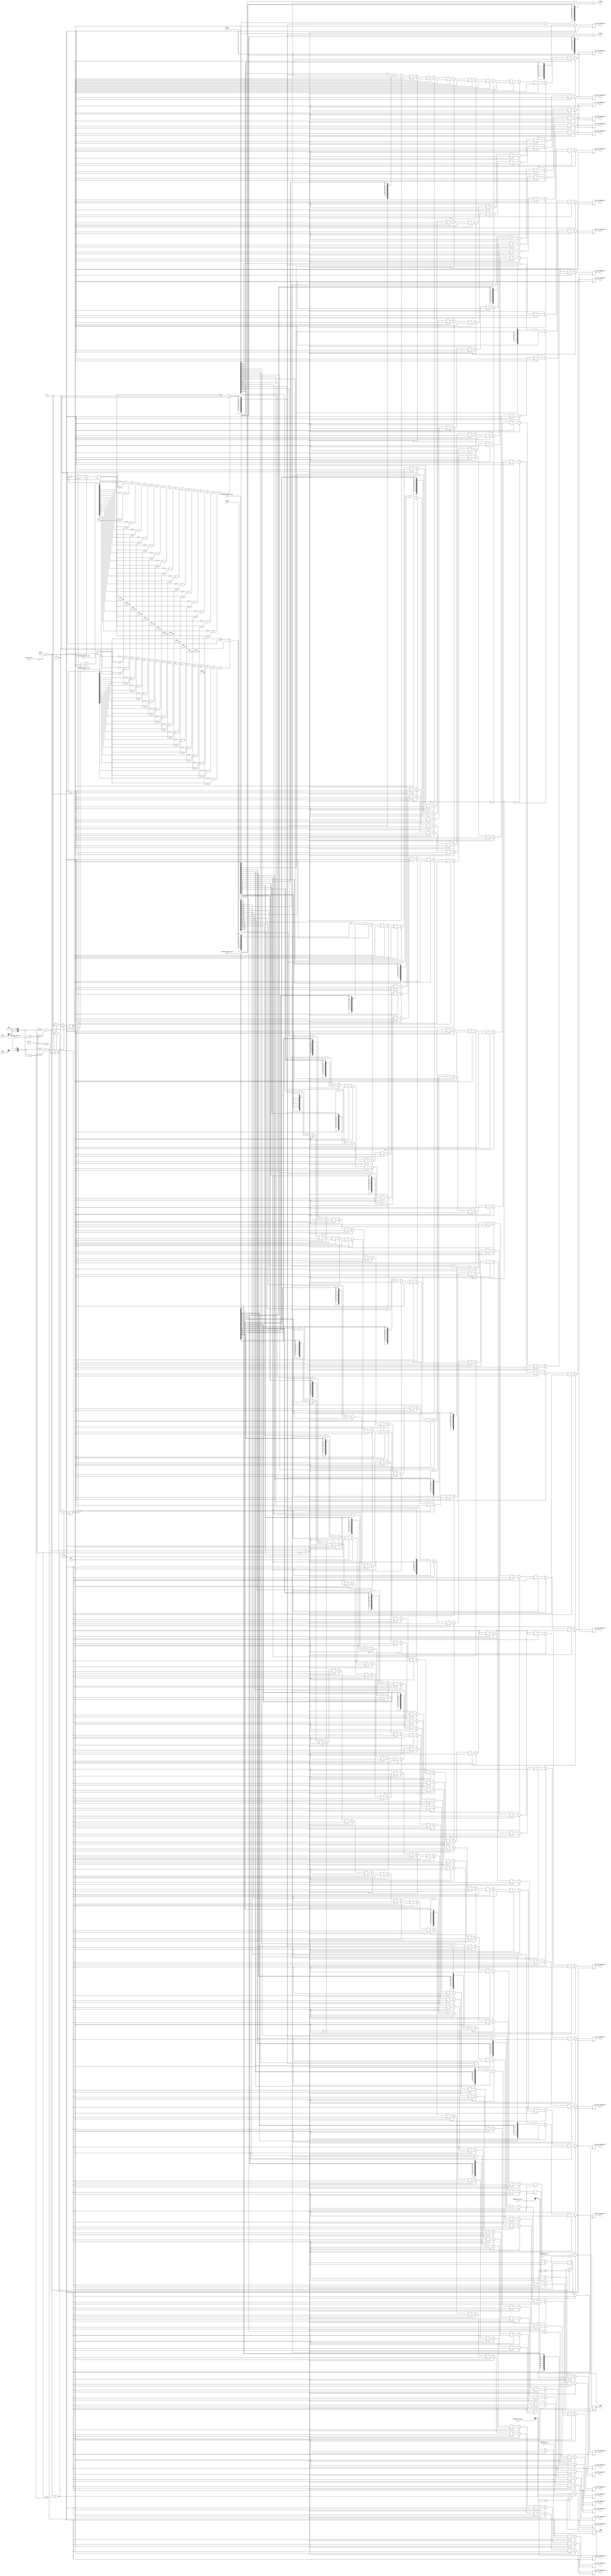
`define SIMULATION
`define DWIDTH 8
`define DESIGN_SIZE 16
`define LOG2_DESIGN_SIZE 5
`define MAT_MUL_SIZE 16
`define MASK_WIDTH 16
`define LOG2_MAT_MUL_SIZE 5
`define AWIDTH 10
`define NUM_CYCLES_IN_MAC 3
`define MEM_ACCESS_LATENCY 1
`define REG_DATAWIDTH 32
`define REG_ADDRWIDTH 8
`define ADDR_STRIDE_WIDTH 16
`define MAX_BITS_POOL 3
`define REG_ENABLES_ADDR 32'h0
`define REG_STDN_TPU_ADDR 32'h4
`define REG_MEAN_ADDR 32'h8
`define REG_INV_VAR_ADDR 32'hA
`define REG_MATRIX_A_ADDR 32'he
`define REG_MATRIX_B_ADDR 32'h12
`define REG_MATRIX_C_ADDR 32'h16
`define REG_ACCUM_ACTIONS_ADDR 32'h24
`define REG_MATRIX_A_STRIDE_ADDR 32'h28
`define REG_MATRIX_B_STRIDE_ADDR 32'h32
`define REG_MATRIX_C_STRIDE_ADDR 32'h36
`define REG_ACTIVATION_CSR_ADDR 32'h3A
`define REG_POOL_WINDOW_ADDR 32'h3E
`define REG_CONV_PARAMS_1_ADDR 32'h40
`define REG_CONV_PARAMS_2_ADDR 32'h44
`define REG_CONV_PARAMS_3_ADDR 32'h48
`define REG_CONV_PARAMS_4_ADDR 32'h4C
`define REG_BATCH_SIZE_ADDR 32'h50
`define REG_VALID_MASK_A_ROWS_ADDR 32'h20
`define REG_VALID_MASK_A_COLS_ADDR 32'h54
`define REG_VALID_MASK_B_ROWS_ADDR 32'h5c
`define REG_VALID_MASK_B_COLS_ADDR 32'h58
//This used to be a normal signal, but changing it to a `define.
`define final_mat_mul_size 16
`define IDLE     2'b00
`define W_ENABLE  2'b01
`define R_ENABLE  2'b10
`define STATE_INIT         4'b0000
`define STATE_MATMUL       4'b0001
`define STATE_NORM         4'b0010
`define STATE_POOL         4'b0011
`define STATE_ACTIVATION   4'b0100
`define STATE_DONE         4'b0101

module systolic_data_setup(
clk,
reset,
start_mat_mul,
a_addr,
b_addr,
address_mat_a,
address_mat_b,
address_stride_a,
address_stride_b,
a_data,
b_data,
clk_cnt,
a0_data,
b0_data,
a1_data_delayed_1,
b1_data_delayed_1,
a2_data_delayed_2,
b2_data_delayed_2,
a3_data_delayed_3,
b3_data_delayed_3,
a4_data_delayed_4,
b4_data_delayed_4,
a5_data_delayed_5,
b5_data_delayed_5,
a6_data_delayed_6,
b6_data_delayed_6,
a7_data_delayed_7,
b7_data_delayed_7,
a8_data_delayed_8,
b8_data_delayed_8,
a9_data_delayed_9,
b9_data_delayed_9,
a10_data_delayed_10,
b10_data_delayed_10,
a11_data_delayed_11,
b11_data_delayed_11,
a12_data_delayed_12,
b12_data_delayed_12,
a13_data_delayed_13,
b13_data_delayed_13,
a14_data_delayed_14,
b14_data_delayed_14,
a15_data_delayed_15,
b15_data_delayed_15,

validity_mask_a_rows,
validity_mask_a_cols,
validity_mask_b_rows,
validity_mask_b_cols,

final_mat_mul_size,
  
a_loc,
b_loc
);

input clk;
input reset;
input start_mat_mul;
output [`AWIDTH-1:0] a_addr;
output [`AWIDTH-1:0] b_addr;
input [`AWIDTH-1:0] address_mat_a;
input [`AWIDTH-1:0] address_mat_b;
input [`ADDR_STRIDE_WIDTH-1:0] address_stride_a;
input [`ADDR_STRIDE_WIDTH-1:0] address_stride_b;
input [`MAT_MUL_SIZE*`DWIDTH-1:0] a_data;
input [`MAT_MUL_SIZE*`DWIDTH-1:0] b_data;
input [7:0] clk_cnt;
output [`DWIDTH-1:0] a0_data;
output [`DWIDTH-1:0] b0_data;
output [`DWIDTH-1:0] a1_data_delayed_1;
output [`DWIDTH-1:0] b1_data_delayed_1;
output [`DWIDTH-1:0] a2_data_delayed_2;
output [`DWIDTH-1:0] b2_data_delayed_2;
output [`DWIDTH-1:0] a3_data_delayed_3;
output [`DWIDTH-1:0] b3_data_delayed_3;
output [`DWIDTH-1:0] a4_data_delayed_4;
output [`DWIDTH-1:0] b4_data_delayed_4;
output [`DWIDTH-1:0] a5_data_delayed_5;
output [`DWIDTH-1:0] b5_data_delayed_5;
output [`DWIDTH-1:0] a6_data_delayed_6;
output [`DWIDTH-1:0] b6_data_delayed_6;
output [`DWIDTH-1:0] a7_data_delayed_7;
output [`DWIDTH-1:0] b7_data_delayed_7;
output [`DWIDTH-1:0] a8_data_delayed_8;
output [`DWIDTH-1:0] b8_data_delayed_8;
output [`DWIDTH-1:0] a9_data_delayed_9;
output [`DWIDTH-1:0] b9_data_delayed_9;
output [`DWIDTH-1:0] a10_data_delayed_10;
output [`DWIDTH-1:0] b10_data_delayed_10;
output [`DWIDTH-1:0] a11_data_delayed_11;
output [`DWIDTH-1:0] b11_data_delayed_11;
output [`DWIDTH-1:0] a12_data_delayed_12;
output [`DWIDTH-1:0] b12_data_delayed_12;
output [`DWIDTH-1:0] a13_data_delayed_13;
output [`DWIDTH-1:0] b13_data_delayed_13;
output [`DWIDTH-1:0] a14_data_delayed_14;
output [`DWIDTH-1:0] b14_data_delayed_14;
output [`DWIDTH-1:0] a15_data_delayed_15;
output [`DWIDTH-1:0] b15_data_delayed_15;

input [`MASK_WIDTH-1:0] validity_mask_a_rows;
input [`MASK_WIDTH-1:0] validity_mask_a_cols;
input [`MASK_WIDTH-1:0] validity_mask_b_rows;
input [`MASK_WIDTH-1:0] validity_mask_b_cols;

input [7:0] final_mat_mul_size;
  
input [7:0] a_loc;
input [7:0] b_loc;
wire [`DWIDTH-1:0] a0_data;
wire [`DWIDTH-1:0] a1_data;
wire [`DWIDTH-1:0] a2_data;
wire [`DWIDTH-1:0] a3_data;
wire [`DWIDTH-1:0] a4_data;
wire [`DWIDTH-1:0] a5_data;
wire [`DWIDTH-1:0] a6_data;
wire [`DWIDTH-1:0] a7_data;
wire [`DWIDTH-1:0] a8_data;
wire [`DWIDTH-1:0] a9_data;
wire [`DWIDTH-1:0] a10_data;
wire [`DWIDTH-1:0] a11_data;
wire [`DWIDTH-1:0] a12_data;
wire [`DWIDTH-1:0] a13_data;
wire [`DWIDTH-1:0] a14_data;
wire [`DWIDTH-1:0] a15_data;
wire [`DWIDTH-1:0] b0_data;
wire [`DWIDTH-1:0] b1_data;
wire [`DWIDTH-1:0] b2_data;
wire [`DWIDTH-1:0] b3_data;
wire [`DWIDTH-1:0] b4_data;
wire [`DWIDTH-1:0] b5_data;
wire [`DWIDTH-1:0] b6_data;
wire [`DWIDTH-1:0] b7_data;
wire [`DWIDTH-1:0] b8_data;
wire [`DWIDTH-1:0] b9_data;
wire [`DWIDTH-1:0] b10_data;
wire [`DWIDTH-1:0] b11_data;
wire [`DWIDTH-1:0] b12_data;
wire [`DWIDTH-1:0] b13_data;
wire [`DWIDTH-1:0] b14_data;
wire [`DWIDTH-1:0] b15_data;

//////////////////////////////////////////////////////////////////////////
// Logic to generate addresses to BRAM A
//////////////////////////////////////////////////////////////////////////
reg [`AWIDTH-1:0] a_addr;
reg a_mem_access; //flag that tells whether the matmul is trying to access memory or not

always @(posedge clk) begin
  //(clk_cnt >= a_loc*`MAT_MUL_SIZE+final_mat_mul_size) begin
  //Writing the line above to avoid multiplication:

  if (reset || ~start_mat_mul || (clk_cnt >= (a_loc<<`LOG2_MAT_MUL_SIZE)+final_mat_mul_size)) begin
  
      a_addr <= address_mat_a-address_stride_a;
  
    a_mem_access <= 0;
  end
  //else if ((clk_cnt >= a_loc*`MAT_MUL_SIZE) && (clk_cnt < a_loc*`MAT_MUL_SIZE+final_mat_mul_size)) begin
  //Writing the line above to avoid multiplication:

  else if ((clk_cnt >= (a_loc<<`LOG2_MAT_MUL_SIZE)) && (clk_cnt < (a_loc<<`LOG2_MAT_MUL_SIZE)+final_mat_mul_size)) begin
  
      a_addr <= a_addr + address_stride_a;
  
    a_mem_access <= 1;
  end
end

//////////////////////////////////////////////////////////////////////////
// Logic to generate valid signals for data coming from BRAM A
//////////////////////////////////////////////////////////////////////////
reg [7:0] a_mem_access_counter;
always @(posedge clk) begin
  if (reset || ~start_mat_mul) begin
    a_mem_access_counter <= 0;
  end
  else if (a_mem_access == 1) begin
    a_mem_access_counter <= a_mem_access_counter + 1;  
  end
  else begin
    a_mem_access_counter <= 0;
  end
end

wire a_data_valid; //flag that tells whether the data from memory is valid
assign a_data_valid = 
     ((validity_mask_a_cols[0]==1'b0 && a_mem_access_counter==1) ||
      (validity_mask_a_cols[1]==1'b0 && a_mem_access_counter==2) ||
      (validity_mask_a_cols[2]==1'b0 && a_mem_access_counter==3) ||
      (validity_mask_a_cols[3]==1'b0 && a_mem_access_counter==4) ||
      (validity_mask_a_cols[4]==1'b0 && a_mem_access_counter==5) ||
      (validity_mask_a_cols[5]==1'b0 && a_mem_access_counter==6) ||
      (validity_mask_a_cols[6]==1'b0 && a_mem_access_counter==7) ||
      (validity_mask_a_cols[7]==1'b0 && a_mem_access_counter==8) ||
      (validity_mask_a_cols[8]==1'b0 && a_mem_access_counter==9) ||
      (validity_mask_a_cols[9]==1'b0 && a_mem_access_counter==10) ||
      (validity_mask_a_cols[10]==1'b0 && a_mem_access_counter==11) ||
      (validity_mask_a_cols[11]==1'b0 && a_mem_access_counter==12) ||
      (validity_mask_a_cols[12]==1'b0 && a_mem_access_counter==13) ||
      (validity_mask_a_cols[13]==1'b0 && a_mem_access_counter==14) ||
      (validity_mask_a_cols[14]==1'b0 && a_mem_access_counter==15) ||
      (validity_mask_a_cols[15]==1'b0 && a_mem_access_counter==16)) ?
    
    1'b0 : (a_mem_access_counter >= `MEM_ACCESS_LATENCY);

//////////////////////////////////////////////////////////////////////////
// Logic to delay certain parts of the data received from BRAM A (systolic data setup)
//////////////////////////////////////////////////////////////////////////
assign a0_data = a_data[1*`DWIDTH-1:0*`DWIDTH] & {`DWIDTH{a_data_valid}} & {`DWIDTH{validity_mask_a_rows[0]}};
assign a1_data = a_data[2*`DWIDTH-1:1*`DWIDTH] & {`DWIDTH{a_data_valid}} & {`DWIDTH{validity_mask_a_rows[1]}};
assign a2_data = a_data[3*`DWIDTH-1:2*`DWIDTH] & {`DWIDTH{a_data_valid}} & {`DWIDTH{validity_mask_a_rows[2]}};
assign a3_data = a_data[4*`DWIDTH-1:3*`DWIDTH] & {`DWIDTH{a_data_valid}} & {`DWIDTH{validity_mask_a_rows[3]}};
assign a4_data = a_data[5*`DWIDTH-1:4*`DWIDTH] & {`DWIDTH{a_data_valid}} & {`DWIDTH{validity_mask_a_rows[4]}};
assign a5_data = a_data[6*`DWIDTH-1:5*`DWIDTH] & {`DWIDTH{a_data_valid}} & {`DWIDTH{validity_mask_a_rows[5]}};
assign a6_data = a_data[7*`DWIDTH-1:6*`DWIDTH] & {`DWIDTH{a_data_valid}} & {`DWIDTH{validity_mask_a_rows[6]}};
assign a7_data = a_data[8*`DWIDTH-1:7*`DWIDTH] & {`DWIDTH{a_data_valid}} & {`DWIDTH{validity_mask_a_rows[7]}};
assign a8_data = a_data[9*`DWIDTH-1:8*`DWIDTH] & {`DWIDTH{a_data_valid}} & {`DWIDTH{validity_mask_a_rows[8]}};
assign a9_data = a_data[10*`DWIDTH-1:9*`DWIDTH] & {`DWIDTH{a_data_valid}} & {`DWIDTH{validity_mask_a_rows[9]}};
assign a10_data = a_data[11*`DWIDTH-1:10*`DWIDTH] & {`DWIDTH{a_data_valid}} & {`DWIDTH{validity_mask_a_rows[10]}};
assign a11_data = a_data[12*`DWIDTH-1:11*`DWIDTH] & {`DWIDTH{a_data_valid}} & {`DWIDTH{validity_mask_a_rows[11]}};
assign a12_data = a_data[13*`DWIDTH-1:12*`DWIDTH] & {`DWIDTH{a_data_valid}} & {`DWIDTH{validity_mask_a_rows[12]}};
assign a13_data = a_data[14*`DWIDTH-1:13*`DWIDTH] & {`DWIDTH{a_data_valid}} & {`DWIDTH{validity_mask_a_rows[13]}};
assign a14_data = a_data[15*`DWIDTH-1:14*`DWIDTH] & {`DWIDTH{a_data_valid}} & {`DWIDTH{validity_mask_a_rows[14]}};
assign a15_data = a_data[16*`DWIDTH-1:15*`DWIDTH] & {`DWIDTH{a_data_valid}} & {`DWIDTH{validity_mask_a_rows[15]}};

reg [`DWIDTH-1:0] a1_data_delayed_1;
reg [`DWIDTH-1:0] a2_data_delayed_1;
reg [`DWIDTH-1:0] a2_data_delayed_2;
reg [`DWIDTH-1:0] a3_data_delayed_1;
reg [`DWIDTH-1:0] a3_data_delayed_2;
reg [`DWIDTH-1:0] a3_data_delayed_3;
reg [`DWIDTH-1:0] a4_data_delayed_1;
reg [`DWIDTH-1:0] a4_data_delayed_2;
reg [`DWIDTH-1:0] a4_data_delayed_3;
reg [`DWIDTH-1:0] a4_data_delayed_4;
reg [`DWIDTH-1:0] a5_data_delayed_1;
reg [`DWIDTH-1:0] a5_data_delayed_2;
reg [`DWIDTH-1:0] a5_data_delayed_3;
reg [`DWIDTH-1:0] a5_data_delayed_4;
reg [`DWIDTH-1:0] a5_data_delayed_5;
reg [`DWIDTH-1:0] a6_data_delayed_1;
reg [`DWIDTH-1:0] a6_data_delayed_2;
reg [`DWIDTH-1:0] a6_data_delayed_3;
reg [`DWIDTH-1:0] a6_data_delayed_4;
reg [`DWIDTH-1:0] a6_data_delayed_5;
reg [`DWIDTH-1:0] a6_data_delayed_6;
reg [`DWIDTH-1:0] a7_data_delayed_1;
reg [`DWIDTH-1:0] a7_data_delayed_2;
reg [`DWIDTH-1:0] a7_data_delayed_3;
reg [`DWIDTH-1:0] a7_data_delayed_4;
reg [`DWIDTH-1:0] a7_data_delayed_5;
reg [`DWIDTH-1:0] a7_data_delayed_6;
reg [`DWIDTH-1:0] a7_data_delayed_7;
reg [`DWIDTH-1:0] a8_data_delayed_1;
reg [`DWIDTH-1:0] a8_data_delayed_2;
reg [`DWIDTH-1:0] a8_data_delayed_3;
reg [`DWIDTH-1:0] a8_data_delayed_4;
reg [`DWIDTH-1:0] a8_data_delayed_5;
reg [`DWIDTH-1:0] a8_data_delayed_6;
reg [`DWIDTH-1:0] a8_data_delayed_7;
reg [`DWIDTH-1:0] a8_data_delayed_8;
reg [`DWIDTH-1:0] a9_data_delayed_1;
reg [`DWIDTH-1:0] a9_data_delayed_2;
reg [`DWIDTH-1:0] a9_data_delayed_3;
reg [`DWIDTH-1:0] a9_data_delayed_4;
reg [`DWIDTH-1:0] a9_data_delayed_5;
reg [`DWIDTH-1:0] a9_data_delayed_6;
reg [`DWIDTH-1:0] a9_data_delayed_7;
reg [`DWIDTH-1:0] a9_data_delayed_8;
reg [`DWIDTH-1:0] a9_data_delayed_9;
reg [`DWIDTH-1:0] a10_data_delayed_1;
reg [`DWIDTH-1:0] a10_data_delayed_2;
reg [`DWIDTH-1:0] a10_data_delayed_3;
reg [`DWIDTH-1:0] a10_data_delayed_4;
reg [`DWIDTH-1:0] a10_data_delayed_5;
reg [`DWIDTH-1:0] a10_data_delayed_6;
reg [`DWIDTH-1:0] a10_data_delayed_7;
reg [`DWIDTH-1:0] a10_data_delayed_8;
reg [`DWIDTH-1:0] a10_data_delayed_9;
reg [`DWIDTH-1:0] a10_data_delayed_10;
reg [`DWIDTH-1:0] a11_data_delayed_1;
reg [`DWIDTH-1:0] a11_data_delayed_2;
reg [`DWIDTH-1:0] a11_data_delayed_3;
reg [`DWIDTH-1:0] a11_data_delayed_4;
reg [`DWIDTH-1:0] a11_data_delayed_5;
reg [`DWIDTH-1:0] a11_data_delayed_6;
reg [`DWIDTH-1:0] a11_data_delayed_7;
reg [`DWIDTH-1:0] a11_data_delayed_8;
reg [`DWIDTH-1:0] a11_data_delayed_9;
reg [`DWIDTH-1:0] a11_data_delayed_10;
reg [`DWIDTH-1:0] a11_data_delayed_11;
reg [`DWIDTH-1:0] a12_data_delayed_1;
reg [`DWIDTH-1:0] a12_data_delayed_2;
reg [`DWIDTH-1:0] a12_data_delayed_3;
reg [`DWIDTH-1:0] a12_data_delayed_4;
reg [`DWIDTH-1:0] a12_data_delayed_5;
reg [`DWIDTH-1:0] a12_data_delayed_6;
reg [`DWIDTH-1:0] a12_data_delayed_7;
reg [`DWIDTH-1:0] a12_data_delayed_8;
reg [`DWIDTH-1:0] a12_data_delayed_9;
reg [`DWIDTH-1:0] a12_data_delayed_10;
reg [`DWIDTH-1:0] a12_data_delayed_11;
reg [`DWIDTH-1:0] a12_data_delayed_12;
reg [`DWIDTH-1:0] a13_data_delayed_1;
reg [`DWIDTH-1:0] a13_data_delayed_2;
reg [`DWIDTH-1:0] a13_data_delayed_3;
reg [`DWIDTH-1:0] a13_data_delayed_4;
reg [`DWIDTH-1:0] a13_data_delayed_5;
reg [`DWIDTH-1:0] a13_data_delayed_6;
reg [`DWIDTH-1:0] a13_data_delayed_7;
reg [`DWIDTH-1:0] a13_data_delayed_8;
reg [`DWIDTH-1:0] a13_data_delayed_9;
reg [`DWIDTH-1:0] a13_data_delayed_10;
reg [`DWIDTH-1:0] a13_data_delayed_11;
reg [`DWIDTH-1:0] a13_data_delayed_12;
reg [`DWIDTH-1:0] a13_data_delayed_13;
reg [`DWIDTH-1:0] a14_data_delayed_1;
reg [`DWIDTH-1:0] a14_data_delayed_2;
reg [`DWIDTH-1:0] a14_data_delayed_3;
reg [`DWIDTH-1:0] a14_data_delayed_4;
reg [`DWIDTH-1:0] a14_data_delayed_5;
reg [`DWIDTH-1:0] a14_data_delayed_6;
reg [`DWIDTH-1:0] a14_data_delayed_7;
reg [`DWIDTH-1:0] a14_data_delayed_8;
reg [`DWIDTH-1:0] a14_data_delayed_9;
reg [`DWIDTH-1:0] a14_data_delayed_10;
reg [`DWIDTH-1:0] a14_data_delayed_11;
reg [`DWIDTH-1:0] a14_data_delayed_12;
reg [`DWIDTH-1:0] a14_data_delayed_13;
reg [`DWIDTH-1:0] a14_data_delayed_14;
reg [`DWIDTH-1:0] a15_data_delayed_1;
reg [`DWIDTH-1:0] a15_data_delayed_2;
reg [`DWIDTH-1:0] a15_data_delayed_3;
reg [`DWIDTH-1:0] a15_data_delayed_4;
reg [`DWIDTH-1:0] a15_data_delayed_5;
reg [`DWIDTH-1:0] a15_data_delayed_6;
reg [`DWIDTH-1:0] a15_data_delayed_7;
reg [`DWIDTH-1:0] a15_data_delayed_8;
reg [`DWIDTH-1:0] a15_data_delayed_9;
reg [`DWIDTH-1:0] a15_data_delayed_10;
reg [`DWIDTH-1:0] a15_data_delayed_11;
reg [`DWIDTH-1:0] a15_data_delayed_12;
reg [`DWIDTH-1:0] a15_data_delayed_13;
reg [`DWIDTH-1:0] a15_data_delayed_14;
reg [`DWIDTH-1:0] a15_data_delayed_15;


always @(posedge clk) begin
  if (reset || ~start_mat_mul || clk_cnt==0) begin
    a1_data_delayed_1 <= 0;
    a2_data_delayed_1 <= 0;
    a2_data_delayed_2 <= 0;
    a3_data_delayed_1 <= 0;
    a3_data_delayed_2 <= 0;
    a3_data_delayed_3 <= 0;
    a4_data_delayed_1 <= 0;
    a4_data_delayed_2 <= 0;
    a4_data_delayed_3 <= 0;
    a4_data_delayed_4 <= 0;
    a5_data_delayed_1 <= 0;
    a5_data_delayed_2 <= 0;
    a5_data_delayed_3 <= 0;
    a5_data_delayed_4 <= 0;
    a5_data_delayed_5 <= 0;
    a6_data_delayed_1 <= 0;
    a6_data_delayed_2 <= 0;
    a6_data_delayed_3 <= 0;
    a6_data_delayed_4 <= 0;
    a6_data_delayed_5 <= 0;
    a6_data_delayed_6 <= 0;
    a7_data_delayed_1 <= 0;
    a7_data_delayed_2 <= 0;
    a7_data_delayed_3 <= 0;
    a7_data_delayed_4 <= 0;
    a7_data_delayed_5 <= 0;
    a7_data_delayed_6 <= 0;
    a7_data_delayed_7 <= 0;
    a8_data_delayed_1 <= 0;
    a8_data_delayed_2 <= 0;
    a8_data_delayed_3 <= 0;
    a8_data_delayed_4 <= 0;
    a8_data_delayed_5 <= 0;
    a8_data_delayed_6 <= 0;
    a8_data_delayed_7 <= 0;
    a8_data_delayed_8 <= 0;
    a9_data_delayed_1 <= 0;
    a9_data_delayed_2 <= 0;
    a9_data_delayed_3 <= 0;
    a9_data_delayed_4 <= 0;
    a9_data_delayed_5 <= 0;
    a9_data_delayed_6 <= 0;
    a9_data_delayed_7 <= 0;
    a9_data_delayed_8 <= 0;
    a9_data_delayed_9 <= 0;
    a10_data_delayed_1 <= 0;
    a10_data_delayed_2 <= 0;
    a10_data_delayed_3 <= 0;
    a10_data_delayed_4 <= 0;
    a10_data_delayed_5 <= 0;
    a10_data_delayed_6 <= 0;
    a10_data_delayed_7 <= 0;
    a10_data_delayed_8 <= 0;
    a10_data_delayed_9 <= 0;
    a10_data_delayed_10 <= 0;
    a11_data_delayed_1 <= 0;
    a11_data_delayed_2 <= 0;
    a11_data_delayed_3 <= 0;
    a11_data_delayed_4 <= 0;
    a11_data_delayed_5 <= 0;
    a11_data_delayed_6 <= 0;
    a11_data_delayed_7 <= 0;
    a11_data_delayed_8 <= 0;
    a11_data_delayed_9 <= 0;
    a11_data_delayed_10 <= 0;
    a11_data_delayed_11 <= 0;
    a12_data_delayed_1 <= 0;
    a12_data_delayed_2 <= 0;
    a12_data_delayed_3 <= 0;
    a12_data_delayed_4 <= 0;
    a12_data_delayed_5 <= 0;
    a12_data_delayed_6 <= 0;
    a12_data_delayed_7 <= 0;
    a12_data_delayed_8 <= 0;
    a12_data_delayed_9 <= 0;
    a12_data_delayed_10 <= 0;
    a12_data_delayed_11 <= 0;
    a12_data_delayed_12 <= 0;
    a13_data_delayed_1 <= 0;
    a13_data_delayed_2 <= 0;
    a13_data_delayed_3 <= 0;
    a13_data_delayed_4 <= 0;
    a13_data_delayed_5 <= 0;
    a13_data_delayed_6 <= 0;
    a13_data_delayed_7 <= 0;
    a13_data_delayed_8 <= 0;
    a13_data_delayed_9 <= 0;
    a13_data_delayed_10 <= 0;
    a13_data_delayed_11 <= 0;
    a13_data_delayed_12 <= 0;
    a13_data_delayed_13 <= 0;
    a14_data_delayed_1 <= 0;
    a14_data_delayed_2 <= 0;
    a14_data_delayed_3 <= 0;
    a14_data_delayed_4 <= 0;
    a14_data_delayed_5 <= 0;
    a14_data_delayed_6 <= 0;
    a14_data_delayed_7 <= 0;
    a14_data_delayed_8 <= 0;
    a14_data_delayed_9 <= 0;
    a14_data_delayed_10 <= 0;
    a14_data_delayed_11 <= 0;
    a14_data_delayed_12 <= 0;
    a14_data_delayed_13 <= 0;
    a14_data_delayed_14 <= 0;
    a15_data_delayed_1 <= 0;
    a15_data_delayed_2 <= 0;
    a15_data_delayed_3 <= 0;
    a15_data_delayed_4 <= 0;
    a15_data_delayed_5 <= 0;
    a15_data_delayed_6 <= 0;
    a15_data_delayed_7 <= 0;
    a15_data_delayed_8 <= 0;
    a15_data_delayed_9 <= 0;
    a15_data_delayed_10 <= 0;
    a15_data_delayed_11 <= 0;
    a15_data_delayed_12 <= 0;
    a15_data_delayed_13 <= 0;
    a15_data_delayed_14 <= 0;
    a15_data_delayed_15 <= 0;

  end
  else begin
  a1_data_delayed_1 <= a1_data;
  a2_data_delayed_1 <= a2_data;
  a3_data_delayed_1 <= a3_data;
  a4_data_delayed_1 <= a4_data;
  a5_data_delayed_1 <= a5_data;
  a6_data_delayed_1 <= a6_data;
  a7_data_delayed_1 <= a7_data;
  a8_data_delayed_1 <= a8_data;
  a9_data_delayed_1 <= a9_data;
  a10_data_delayed_1 <= a10_data;
  a11_data_delayed_1 <= a11_data;
  a12_data_delayed_1 <= a12_data;
  a13_data_delayed_1 <= a13_data;
  a14_data_delayed_1 <= a14_data;
  a15_data_delayed_1 <= a15_data;
  a2_data_delayed_2 <= a2_data_delayed_1;
  a3_data_delayed_2 <= a3_data_delayed_1;
  a3_data_delayed_3 <= a3_data_delayed_2;
  a4_data_delayed_2 <= a4_data_delayed_1;
  a4_data_delayed_3 <= a4_data_delayed_2;
  a4_data_delayed_4 <= a4_data_delayed_3;
  a5_data_delayed_2 <= a5_data_delayed_1;
  a5_data_delayed_3 <= a5_data_delayed_2;
  a5_data_delayed_4 <= a5_data_delayed_3;
  a5_data_delayed_5 <= a5_data_delayed_4;
  a6_data_delayed_2 <= a6_data_delayed_1;
  a6_data_delayed_3 <= a6_data_delayed_2;
  a6_data_delayed_4 <= a6_data_delayed_3;
  a6_data_delayed_5 <= a6_data_delayed_4;
  a6_data_delayed_6 <= a6_data_delayed_5;
  a7_data_delayed_2 <= a7_data_delayed_1;
  a7_data_delayed_3 <= a7_data_delayed_2;
  a7_data_delayed_4 <= a7_data_delayed_3;
  a7_data_delayed_5 <= a7_data_delayed_4;
  a7_data_delayed_6 <= a7_data_delayed_5;
  a7_data_delayed_7 <= a7_data_delayed_6;
  a8_data_delayed_2 <= a8_data_delayed_1;
  a8_data_delayed_3 <= a8_data_delayed_2;
  a8_data_delayed_4 <= a8_data_delayed_3;
  a8_data_delayed_5 <= a8_data_delayed_4;
  a8_data_delayed_6 <= a8_data_delayed_5;
  a8_data_delayed_7 <= a8_data_delayed_6;
  a8_data_delayed_8 <= a8_data_delayed_7;
  a9_data_delayed_2 <= a9_data_delayed_1;
  a9_data_delayed_3 <= a9_data_delayed_2;
  a9_data_delayed_4 <= a9_data_delayed_3;
  a9_data_delayed_5 <= a9_data_delayed_4;
  a9_data_delayed_6 <= a9_data_delayed_5;
  a9_data_delayed_7 <= a9_data_delayed_6;
  a9_data_delayed_8 <= a9_data_delayed_7;
  a9_data_delayed_9 <= a9_data_delayed_8;
  a10_data_delayed_2 <= a10_data_delayed_1;
  a10_data_delayed_3 <= a10_data_delayed_2;
  a10_data_delayed_4 <= a10_data_delayed_3;
  a10_data_delayed_5 <= a10_data_delayed_4;
  a10_data_delayed_6 <= a10_data_delayed_5;
  a10_data_delayed_7 <= a10_data_delayed_6;
  a10_data_delayed_8 <= a10_data_delayed_7;
  a10_data_delayed_9 <= a10_data_delayed_8;
  a10_data_delayed_10 <= a10_data_delayed_9;
  a11_data_delayed_2 <= a11_data_delayed_1;
  a11_data_delayed_3 <= a11_data_delayed_2;
  a11_data_delayed_4 <= a11_data_delayed_3;
  a11_data_delayed_5 <= a11_data_delayed_4;
  a11_data_delayed_6 <= a11_data_delayed_5;
  a11_data_delayed_7 <= a11_data_delayed_6;
  a11_data_delayed_8 <= a11_data_delayed_7;
  a11_data_delayed_9 <= a11_data_delayed_8;
  a11_data_delayed_10 <= a11_data_delayed_9;
  a11_data_delayed_11 <= a11_data_delayed_10;
  a12_data_delayed_2 <= a12_data_delayed_1;
  a12_data_delayed_3 <= a12_data_delayed_2;
  a12_data_delayed_4 <= a12_data_delayed_3;
  a12_data_delayed_5 <= a12_data_delayed_4;
  a12_data_delayed_6 <= a12_data_delayed_5;
  a12_data_delayed_7 <= a12_data_delayed_6;
  a12_data_delayed_8 <= a12_data_delayed_7;
  a12_data_delayed_9 <= a12_data_delayed_8;
  a12_data_delayed_10 <= a12_data_delayed_9;
  a12_data_delayed_11 <= a12_data_delayed_10;
  a12_data_delayed_12 <= a12_data_delayed_11;
  a13_data_delayed_2 <= a13_data_delayed_1;
  a13_data_delayed_3 <= a13_data_delayed_2;
  a13_data_delayed_4 <= a13_data_delayed_3;
  a13_data_delayed_5 <= a13_data_delayed_4;
  a13_data_delayed_6 <= a13_data_delayed_5;
  a13_data_delayed_7 <= a13_data_delayed_6;
  a13_data_delayed_8 <= a13_data_delayed_7;
  a13_data_delayed_9 <= a13_data_delayed_8;
  a13_data_delayed_10 <= a13_data_delayed_9;
  a13_data_delayed_11 <= a13_data_delayed_10;
  a13_data_delayed_12 <= a13_data_delayed_11;
  a13_data_delayed_13 <= a13_data_delayed_12;
  a14_data_delayed_2 <= a14_data_delayed_1;
  a14_data_delayed_3 <= a14_data_delayed_2;
  a14_data_delayed_4 <= a14_data_delayed_3;
  a14_data_delayed_5 <= a14_data_delayed_4;
  a14_data_delayed_6 <= a14_data_delayed_5;
  a14_data_delayed_7 <= a14_data_delayed_6;
  a14_data_delayed_8 <= a14_data_delayed_7;
  a14_data_delayed_9 <= a14_data_delayed_8;
  a14_data_delayed_10 <= a14_data_delayed_9;
  a14_data_delayed_11 <= a14_data_delayed_10;
  a14_data_delayed_12 <= a14_data_delayed_11;
  a14_data_delayed_13 <= a14_data_delayed_12;
  a14_data_delayed_14 <= a14_data_delayed_13;
  a15_data_delayed_2 <= a15_data_delayed_1;
  a15_data_delayed_3 <= a15_data_delayed_2;
  a15_data_delayed_4 <= a15_data_delayed_3;
  a15_data_delayed_5 <= a15_data_delayed_4;
  a15_data_delayed_6 <= a15_data_delayed_5;
  a15_data_delayed_7 <= a15_data_delayed_6;
  a15_data_delayed_8 <= a15_data_delayed_7;
  a15_data_delayed_9 <= a15_data_delayed_8;
  a15_data_delayed_10 <= a15_data_delayed_9;
  a15_data_delayed_11 <= a15_data_delayed_10;
  a15_data_delayed_12 <= a15_data_delayed_11;
  a15_data_delayed_13 <= a15_data_delayed_12;
  a15_data_delayed_14 <= a15_data_delayed_13;
  a15_data_delayed_15 <= a15_data_delayed_14;
 
  end
end

//////////////////////////////////////////////////////////////////////////
// Logic to generate addresses to BRAM B
//////////////////////////////////////////////////////////////////////////
reg [`AWIDTH-1:0] b_addr;
reg b_mem_access; //flag that tells whether the matmul is trying to access memory or not
always @(posedge clk) begin
  //else if (clk_cnt >= b_loc*`MAT_MUL_SIZE+final_mat_mul_size) begin
  //Writing the line above to avoid multiplication:

  if ((reset || ~start_mat_mul) || (clk_cnt >= (b_loc<<`LOG2_MAT_MUL_SIZE)+final_mat_mul_size)) begin

      b_addr <= address_mat_b - address_stride_b;
  
    b_mem_access <= 0;
  end
  //else if ((clk_cnt >= b_loc*`MAT_MUL_SIZE) && (clk_cnt < b_loc*`MAT_MUL_SIZE+final_mat_mul_size)) begin
  //Writing the line above to avoid multiplication:

  else if ((clk_cnt >= (b_loc<<`LOG2_MAT_MUL_SIZE)) && (clk_cnt < (b_loc<<`LOG2_MAT_MUL_SIZE)+final_mat_mul_size)) begin

      b_addr <= b_addr + address_stride_b;
  
    b_mem_access <= 1;
  end
end 

//////////////////////////////////////////////////////////////////////////
// Logic to generate valid signals for data coming from BRAM B
//////////////////////////////////////////////////////////////////////////
reg [7:0] b_mem_access_counter;
always @(posedge clk) begin
  if (reset || ~start_mat_mul) begin
    b_mem_access_counter <= 0;
  end
  else if (b_mem_access == 1) begin
    b_mem_access_counter <= b_mem_access_counter + 1;  
  end
  else begin
    b_mem_access_counter <= 0;
  end
end

wire b_data_valid; //flag that tells whether the data from memory is valid
assign b_data_valid = 
     ((validity_mask_b_rows[0]==1'b0 && b_mem_access_counter==1) ||
      (validity_mask_b_rows[1]==1'b0 && b_mem_access_counter==2) ||
      (validity_mask_b_rows[2]==1'b0 && b_mem_access_counter==3) ||
      (validity_mask_b_rows[3]==1'b0 && b_mem_access_counter==4) ||
      (validity_mask_b_rows[4]==1'b0 && b_mem_access_counter==5) ||
      (validity_mask_b_rows[5]==1'b0 && b_mem_access_counter==6) ||
      (validity_mask_b_rows[6]==1'b0 && b_mem_access_counter==7) ||
      (validity_mask_b_rows[7]==1'b0 && b_mem_access_counter==8) ||
      (validity_mask_b_rows[8]==1'b0 && b_mem_access_counter==9) ||
      (validity_mask_b_rows[9]==1'b0 && b_mem_access_counter==10) ||
      (validity_mask_b_rows[10]==1'b0 && b_mem_access_counter==11) ||
      (validity_mask_b_rows[11]==1'b0 && b_mem_access_counter==12) ||
      (validity_mask_b_rows[12]==1'b0 && b_mem_access_counter==13) ||
      (validity_mask_b_rows[13]==1'b0 && b_mem_access_counter==14) ||
      (validity_mask_b_rows[14]==1'b0 && b_mem_access_counter==15) ||
      (validity_mask_b_rows[15]==1'b0 && b_mem_access_counter==16)) ?
    
        1'b0 : (b_mem_access_counter >= `MEM_ACCESS_LATENCY);

//////////////////////////////////////////////////////////////////////////
// Logic to delay certain parts of the data received from BRAM B (systolic data setup)
//////////////////////////////////////////////////////////////////////////
assign b0_data = b_data[1*`DWIDTH-1:0*`DWIDTH] & {`DWIDTH{b_data_valid}} & {`DWIDTH{validity_mask_b_cols[0]}};
assign b1_data = b_data[2*`DWIDTH-1:1*`DWIDTH] & {`DWIDTH{b_data_valid}} & {`DWIDTH{validity_mask_b_cols[1]}};
assign b2_data = b_data[3*`DWIDTH-1:2*`DWIDTH] & {`DWIDTH{b_data_valid}} & {`DWIDTH{validity_mask_b_cols[2]}};
assign b3_data = b_data[4*`DWIDTH-1:3*`DWIDTH] & {`DWIDTH{b_data_valid}} & {`DWIDTH{validity_mask_b_cols[3]}};
assign b4_data = b_data[5*`DWIDTH-1:4*`DWIDTH] & {`DWIDTH{b_data_valid}} & {`DWIDTH{validity_mask_b_cols[4]}};
assign b5_data = b_data[6*`DWIDTH-1:5*`DWIDTH] & {`DWIDTH{b_data_valid}} & {`DWIDTH{validity_mask_b_cols[5]}};
assign b6_data = b_data[7*`DWIDTH-1:6*`DWIDTH] & {`DWIDTH{b_data_valid}} & {`DWIDTH{validity_mask_b_cols[6]}};
assign b7_data = b_data[8*`DWIDTH-1:7*`DWIDTH] & {`DWIDTH{b_data_valid}} & {`DWIDTH{validity_mask_b_cols[7]}};
assign b8_data = b_data[9*`DWIDTH-1:8*`DWIDTH] & {`DWIDTH{b_data_valid}} & {`DWIDTH{validity_mask_b_cols[8]}};
assign b9_data = b_data[10*`DWIDTH-1:9*`DWIDTH] & {`DWIDTH{b_data_valid}} & {`DWIDTH{validity_mask_b_cols[9]}};
assign b10_data = b_data[11*`DWIDTH-1:10*`DWIDTH] & {`DWIDTH{b_data_valid}} & {`DWIDTH{validity_mask_b_cols[10]}};
assign b11_data = b_data[12*`DWIDTH-1:11*`DWIDTH] & {`DWIDTH{b_data_valid}} & {`DWIDTH{validity_mask_b_cols[11]}};
assign b12_data = b_data[13*`DWIDTH-1:12*`DWIDTH] & {`DWIDTH{b_data_valid}} & {`DWIDTH{validity_mask_b_cols[12]}};
assign b13_data = b_data[14*`DWIDTH-1:13*`DWIDTH] & {`DWIDTH{b_data_valid}} & {`DWIDTH{validity_mask_b_cols[13]}};
assign b14_data = b_data[15*`DWIDTH-1:14*`DWIDTH] & {`DWIDTH{b_data_valid}} & {`DWIDTH{validity_mask_b_cols[14]}};
assign b15_data = b_data[16*`DWIDTH-1:15*`DWIDTH] & {`DWIDTH{b_data_valid}} & {`DWIDTH{validity_mask_b_cols[15]}};

reg [`DWIDTH-1:0] b1_data_delayed_1;
reg [`DWIDTH-1:0] b2_data_delayed_1;
reg [`DWIDTH-1:0] b2_data_delayed_2;
reg [`DWIDTH-1:0] b3_data_delayed_1;
reg [`DWIDTH-1:0] b3_data_delayed_2;
reg [`DWIDTH-1:0] b3_data_delayed_3;
reg [`DWIDTH-1:0] b4_data_delayed_1;
reg [`DWIDTH-1:0] b4_data_delayed_2;
reg [`DWIDTH-1:0] b4_data_delayed_3;
reg [`DWIDTH-1:0] b4_data_delayed_4;
reg [`DWIDTH-1:0] b5_data_delayed_1;
reg [`DWIDTH-1:0] b5_data_delayed_2;
reg [`DWIDTH-1:0] b5_data_delayed_3;
reg [`DWIDTH-1:0] b5_data_delayed_4;
reg [`DWIDTH-1:0] b5_data_delayed_5;
reg [`DWIDTH-1:0] b6_data_delayed_1;
reg [`DWIDTH-1:0] b6_data_delayed_2;
reg [`DWIDTH-1:0] b6_data_delayed_3;
reg [`DWIDTH-1:0] b6_data_delayed_4;
reg [`DWIDTH-1:0] b6_data_delayed_5;
reg [`DWIDTH-1:0] b6_data_delayed_6;
reg [`DWIDTH-1:0] b7_data_delayed_1;
reg [`DWIDTH-1:0] b7_data_delayed_2;
reg [`DWIDTH-1:0] b7_data_delayed_3;
reg [`DWIDTH-1:0] b7_data_delayed_4;
reg [`DWIDTH-1:0] b7_data_delayed_5;
reg [`DWIDTH-1:0] b7_data_delayed_6;
reg [`DWIDTH-1:0] b7_data_delayed_7;
reg [`DWIDTH-1:0] b8_data_delayed_1;
reg [`DWIDTH-1:0] b8_data_delayed_2;
reg [`DWIDTH-1:0] b8_data_delayed_3;
reg [`DWIDTH-1:0] b8_data_delayed_4;
reg [`DWIDTH-1:0] b8_data_delayed_5;
reg [`DWIDTH-1:0] b8_data_delayed_6;
reg [`DWIDTH-1:0] b8_data_delayed_7;
reg [`DWIDTH-1:0] b8_data_delayed_8;
reg [`DWIDTH-1:0] b9_data_delayed_1;
reg [`DWIDTH-1:0] b9_data_delayed_2;
reg [`DWIDTH-1:0] b9_data_delayed_3;
reg [`DWIDTH-1:0] b9_data_delayed_4;
reg [`DWIDTH-1:0] b9_data_delayed_5;
reg [`DWIDTH-1:0] b9_data_delayed_6;
reg [`DWIDTH-1:0] b9_data_delayed_7;
reg [`DWIDTH-1:0] b9_data_delayed_8;
reg [`DWIDTH-1:0] b9_data_delayed_9;
reg [`DWIDTH-1:0] b10_data_delayed_1;
reg [`DWIDTH-1:0] b10_data_delayed_2;
reg [`DWIDTH-1:0] b10_data_delayed_3;
reg [`DWIDTH-1:0] b10_data_delayed_4;
reg [`DWIDTH-1:0] b10_data_delayed_5;
reg [`DWIDTH-1:0] b10_data_delayed_6;
reg [`DWIDTH-1:0] b10_data_delayed_7;
reg [`DWIDTH-1:0] b10_data_delayed_8;
reg [`DWIDTH-1:0] b10_data_delayed_9;
reg [`DWIDTH-1:0] b10_data_delayed_10;
reg [`DWIDTH-1:0] b11_data_delayed_1;
reg [`DWIDTH-1:0] b11_data_delayed_2;
reg [`DWIDTH-1:0] b11_data_delayed_3;
reg [`DWIDTH-1:0] b11_data_delayed_4;
reg [`DWIDTH-1:0] b11_data_delayed_5;
reg [`DWIDTH-1:0] b11_data_delayed_6;
reg [`DWIDTH-1:0] b11_data_delayed_7;
reg [`DWIDTH-1:0] b11_data_delayed_8;
reg [`DWIDTH-1:0] b11_data_delayed_9;
reg [`DWIDTH-1:0] b11_data_delayed_10;
reg [`DWIDTH-1:0] b11_data_delayed_11;
reg [`DWIDTH-1:0] b12_data_delayed_1;
reg [`DWIDTH-1:0] b12_data_delayed_2;
reg [`DWIDTH-1:0] b12_data_delayed_3;
reg [`DWIDTH-1:0] b12_data_delayed_4;
reg [`DWIDTH-1:0] b12_data_delayed_5;
reg [`DWIDTH-1:0] b12_data_delayed_6;
reg [`DWIDTH-1:0] b12_data_delayed_7;
reg [`DWIDTH-1:0] b12_data_delayed_8;
reg [`DWIDTH-1:0] b12_data_delayed_9;
reg [`DWIDTH-1:0] b12_data_delayed_10;
reg [`DWIDTH-1:0] b12_data_delayed_11;
reg [`DWIDTH-1:0] b12_data_delayed_12;
reg [`DWIDTH-1:0] b13_data_delayed_1;
reg [`DWIDTH-1:0] b13_data_delayed_2;
reg [`DWIDTH-1:0] b13_data_delayed_3;
reg [`DWIDTH-1:0] b13_data_delayed_4;
reg [`DWIDTH-1:0] b13_data_delayed_5;
reg [`DWIDTH-1:0] b13_data_delayed_6;
reg [`DWIDTH-1:0] b13_data_delayed_7;
reg [`DWIDTH-1:0] b13_data_delayed_8;
reg [`DWIDTH-1:0] b13_data_delayed_9;
reg [`DWIDTH-1:0] b13_data_delayed_10;
reg [`DWIDTH-1:0] b13_data_delayed_11;
reg [`DWIDTH-1:0] b13_data_delayed_12;
reg [`DWIDTH-1:0] b13_data_delayed_13;
reg [`DWIDTH-1:0] b14_data_delayed_1;
reg [`DWIDTH-1:0] b14_data_delayed_2;
reg [`DWIDTH-1:0] b14_data_delayed_3;
reg [`DWIDTH-1:0] b14_data_delayed_4;
reg [`DWIDTH-1:0] b14_data_delayed_5;
reg [`DWIDTH-1:0] b14_data_delayed_6;
reg [`DWIDTH-1:0] b14_data_delayed_7;
reg [`DWIDTH-1:0] b14_data_delayed_8;
reg [`DWIDTH-1:0] b14_data_delayed_9;
reg [`DWIDTH-1:0] b14_data_delayed_10;
reg [`DWIDTH-1:0] b14_data_delayed_11;
reg [`DWIDTH-1:0] b14_data_delayed_12;
reg [`DWIDTH-1:0] b14_data_delayed_13;
reg [`DWIDTH-1:0] b14_data_delayed_14;
reg [`DWIDTH-1:0] b15_data_delayed_1;
reg [`DWIDTH-1:0] b15_data_delayed_2;
reg [`DWIDTH-1:0] b15_data_delayed_3;
reg [`DWIDTH-1:0] b15_data_delayed_4;
reg [`DWIDTH-1:0] b15_data_delayed_5;
reg [`DWIDTH-1:0] b15_data_delayed_6;
reg [`DWIDTH-1:0] b15_data_delayed_7;
reg [`DWIDTH-1:0] b15_data_delayed_8;
reg [`DWIDTH-1:0] b15_data_delayed_9;
reg [`DWIDTH-1:0] b15_data_delayed_10;
reg [`DWIDTH-1:0] b15_data_delayed_11;
reg [`DWIDTH-1:0] b15_data_delayed_12;
reg [`DWIDTH-1:0] b15_data_delayed_13;
reg [`DWIDTH-1:0] b15_data_delayed_14;
reg [`DWIDTH-1:0] b15_data_delayed_15;


always @(posedge clk) begin
  if (reset || ~start_mat_mul || clk_cnt==0) begin
    b1_data_delayed_1 <= 0;
    b2_data_delayed_1 <= 0;
    b2_data_delayed_2 <= 0;
    b3_data_delayed_1 <= 0;
    b3_data_delayed_2 <= 0;
    b3_data_delayed_3 <= 0;
    b4_data_delayed_1 <= 0;
    b4_data_delayed_2 <= 0;
    b4_data_delayed_3 <= 0;
    b4_data_delayed_4 <= 0;
    b5_data_delayed_1 <= 0;
    b5_data_delayed_2 <= 0;
    b5_data_delayed_3 <= 0;
    b5_data_delayed_4 <= 0;
    b5_data_delayed_5 <= 0;
    b6_data_delayed_1 <= 0;
    b6_data_delayed_2 <= 0;
    b6_data_delayed_3 <= 0;
    b6_data_delayed_4 <= 0;
    b6_data_delayed_5 <= 0;
    b6_data_delayed_6 <= 0;
    b7_data_delayed_1 <= 0;
    b7_data_delayed_2 <= 0;
    b7_data_delayed_3 <= 0;
    b7_data_delayed_4 <= 0;
    b7_data_delayed_5 <= 0;
    b7_data_delayed_6 <= 0;
    b7_data_delayed_7 <= 0;
    b8_data_delayed_1 <= 0;
    b8_data_delayed_2 <= 0;
    b8_data_delayed_3 <= 0;
    b8_data_delayed_4 <= 0;
    b8_data_delayed_5 <= 0;
    b8_data_delayed_6 <= 0;
    b8_data_delayed_7 <= 0;
    b8_data_delayed_8 <= 0;
    b9_data_delayed_1 <= 0;
    b9_data_delayed_2 <= 0;
    b9_data_delayed_3 <= 0;
    b9_data_delayed_4 <= 0;
    b9_data_delayed_5 <= 0;
    b9_data_delayed_6 <= 0;
    b9_data_delayed_7 <= 0;
    b9_data_delayed_8 <= 0;
    b9_data_delayed_9 <= 0;
    b10_data_delayed_1 <= 0;
    b10_data_delayed_2 <= 0;
    b10_data_delayed_3 <= 0;
    b10_data_delayed_4 <= 0;
    b10_data_delayed_5 <= 0;
    b10_data_delayed_6 <= 0;
    b10_data_delayed_7 <= 0;
    b10_data_delayed_8 <= 0;
    b10_data_delayed_9 <= 0;
    b10_data_delayed_10 <= 0;
    b11_data_delayed_1 <= 0;
    b11_data_delayed_2 <= 0;
    b11_data_delayed_3 <= 0;
    b11_data_delayed_4 <= 0;
    b11_data_delayed_5 <= 0;
    b11_data_delayed_6 <= 0;
    b11_data_delayed_7 <= 0;
    b11_data_delayed_8 <= 0;
    b11_data_delayed_9 <= 0;
    b11_data_delayed_10 <= 0;
    b11_data_delayed_11 <= 0;
    b12_data_delayed_1 <= 0;
    b12_data_delayed_2 <= 0;
    b12_data_delayed_3 <= 0;
    b12_data_delayed_4 <= 0;
    b12_data_delayed_5 <= 0;
    b12_data_delayed_6 <= 0;
    b12_data_delayed_7 <= 0;
    b12_data_delayed_8 <= 0;
    b12_data_delayed_9 <= 0;
    b12_data_delayed_10 <= 0;
    b12_data_delayed_11 <= 0;
    b12_data_delayed_12 <= 0;
    b13_data_delayed_1 <= 0;
    b13_data_delayed_2 <= 0;
    b13_data_delayed_3 <= 0;
    b13_data_delayed_4 <= 0;
    b13_data_delayed_5 <= 0;
    b13_data_delayed_6 <= 0;
    b13_data_delayed_7 <= 0;
    b13_data_delayed_8 <= 0;
    b13_data_delayed_9 <= 0;
    b13_data_delayed_10 <= 0;
    b13_data_delayed_11 <= 0;
    b13_data_delayed_12 <= 0;
    b13_data_delayed_13 <= 0;
    b14_data_delayed_1 <= 0;
    b14_data_delayed_2 <= 0;
    b14_data_delayed_3 <= 0;
    b14_data_delayed_4 <= 0;
    b14_data_delayed_5 <= 0;
    b14_data_delayed_6 <= 0;
    b14_data_delayed_7 <= 0;
    b14_data_delayed_8 <= 0;
    b14_data_delayed_9 <= 0;
    b14_data_delayed_10 <= 0;
    b14_data_delayed_11 <= 0;
    b14_data_delayed_12 <= 0;
    b14_data_delayed_13 <= 0;
    b14_data_delayed_14 <= 0;
    b15_data_delayed_1 <= 0;
    b15_data_delayed_2 <= 0;
    b15_data_delayed_3 <= 0;
    b15_data_delayed_4 <= 0;
    b15_data_delayed_5 <= 0;
    b15_data_delayed_6 <= 0;
    b15_data_delayed_7 <= 0;
    b15_data_delayed_8 <= 0;
    b15_data_delayed_9 <= 0;
    b15_data_delayed_10 <= 0;
    b15_data_delayed_11 <= 0;
    b15_data_delayed_12 <= 0;
    b15_data_delayed_13 <= 0;
    b15_data_delayed_14 <= 0;
    b15_data_delayed_15 <= 0;

  end
  else begin
  b1_data_delayed_1 <= b1_data;
  b2_data_delayed_1 <= b2_data;
  b3_data_delayed_1 <= b3_data;
  b4_data_delayed_1 <= b4_data;
  b5_data_delayed_1 <= b5_data;
  b6_data_delayed_1 <= b6_data;
  b7_data_delayed_1 <= b7_data;
  b8_data_delayed_1 <= b8_data;
  b9_data_delayed_1 <= b9_data;
  b10_data_delayed_1 <= b10_data;
  b11_data_delayed_1 <= b11_data;
  b12_data_delayed_1 <= b12_data;
  b13_data_delayed_1 <= b13_data;
  b14_data_delayed_1 <= b14_data;
  b15_data_delayed_1 <= b15_data;
  b2_data_delayed_2 <= b2_data_delayed_1;
  b3_data_delayed_2 <= b3_data_delayed_1;
  b3_data_delayed_3 <= b3_data_delayed_2;
  b4_data_delayed_2 <= b4_data_delayed_1;
  b4_data_delayed_3 <= b4_data_delayed_2;
  b4_data_delayed_4 <= b4_data_delayed_3;
  b5_data_delayed_2 <= b5_data_delayed_1;
  b5_data_delayed_3 <= b5_data_delayed_2;
  b5_data_delayed_4 <= b5_data_delayed_3;
  b5_data_delayed_5 <= b5_data_delayed_4;
  b6_data_delayed_2 <= b6_data_delayed_1;
  b6_data_delayed_3 <= b6_data_delayed_2;
  b6_data_delayed_4 <= b6_data_delayed_3;
  b6_data_delayed_5 <= b6_data_delayed_4;
  b6_data_delayed_6 <= b6_data_delayed_5;
  b7_data_delayed_2 <= b7_data_delayed_1;
  b7_data_delayed_3 <= b7_data_delayed_2;
  b7_data_delayed_4 <= b7_data_delayed_3;
  b7_data_delayed_5 <= b7_data_delayed_4;
  b7_data_delayed_6 <= b7_data_delayed_5;
  b7_data_delayed_7 <= b7_data_delayed_6;
  b8_data_delayed_2 <= b8_data_delayed_1;
  b8_data_delayed_3 <= b8_data_delayed_2;
  b8_data_delayed_4 <= b8_data_delayed_3;
  b8_data_delayed_5 <= b8_data_delayed_4;
  b8_data_delayed_6 <= b8_data_delayed_5;
  b8_data_delayed_7 <= b8_data_delayed_6;
  b8_data_delayed_8 <= b8_data_delayed_7;
  b9_data_delayed_2 <= b9_data_delayed_1;
  b9_data_delayed_3 <= b9_data_delayed_2;
  b9_data_delayed_4 <= b9_data_delayed_3;
  b9_data_delayed_5 <= b9_data_delayed_4;
  b9_data_delayed_6 <= b9_data_delayed_5;
  b9_data_delayed_7 <= b9_data_delayed_6;
  b9_data_delayed_8 <= b9_data_delayed_7;
  b9_data_delayed_9 <= b9_data_delayed_8;
  b10_data_delayed_2 <= b10_data_delayed_1;
  b10_data_delayed_3 <= b10_data_delayed_2;
  b10_data_delayed_4 <= b10_data_delayed_3;
  b10_data_delayed_5 <= b10_data_delayed_4;
  b10_data_delayed_6 <= b10_data_delayed_5;
  b10_data_delayed_7 <= b10_data_delayed_6;
  b10_data_delayed_8 <= b10_data_delayed_7;
  b10_data_delayed_9 <= b10_data_delayed_8;
  b10_data_delayed_10 <= b10_data_delayed_9;
  b11_data_delayed_2 <= b11_data_delayed_1;
  b11_data_delayed_3 <= b11_data_delayed_2;
  b11_data_delayed_4 <= b11_data_delayed_3;
  b11_data_delayed_5 <= b11_data_delayed_4;
  b11_data_delayed_6 <= b11_data_delayed_5;
  b11_data_delayed_7 <= b11_data_delayed_6;
  b11_data_delayed_8 <= b11_data_delayed_7;
  b11_data_delayed_9 <= b11_data_delayed_8;
  b11_data_delayed_10 <= b11_data_delayed_9;
  b11_data_delayed_11 <= b11_data_delayed_10;
  b12_data_delayed_2 <= b12_data_delayed_1;
  b12_data_delayed_3 <= b12_data_delayed_2;
  b12_data_delayed_4 <= b12_data_delayed_3;
  b12_data_delayed_5 <= b12_data_delayed_4;
  b12_data_delayed_6 <= b12_data_delayed_5;
  b12_data_delayed_7 <= b12_data_delayed_6;
  b12_data_delayed_8 <= b12_data_delayed_7;
  b12_data_delayed_9 <= b12_data_delayed_8;
  b12_data_delayed_10 <= b12_data_delayed_9;
  b12_data_delayed_11 <= b12_data_delayed_10;
  b12_data_delayed_12 <= b12_data_delayed_11;
  b13_data_delayed_2 <= b13_data_delayed_1;
  b13_data_delayed_3 <= b13_data_delayed_2;
  b13_data_delayed_4 <= b13_data_delayed_3;
  b13_data_delayed_5 <= b13_data_delayed_4;
  b13_data_delayed_6 <= b13_data_delayed_5;
  b13_data_delayed_7 <= b13_data_delayed_6;
  b13_data_delayed_8 <= b13_data_delayed_7;
  b13_data_delayed_9 <= b13_data_delayed_8;
  b13_data_delayed_10 <= b13_data_delayed_9;
  b13_data_delayed_11 <= b13_data_delayed_10;
  b13_data_delayed_12 <= b13_data_delayed_11;
  b13_data_delayed_13 <= b13_data_delayed_12;
  b14_data_delayed_2 <= b14_data_delayed_1;
  b14_data_delayed_3 <= b14_data_delayed_2;
  b14_data_delayed_4 <= b14_data_delayed_3;
  b14_data_delayed_5 <= b14_data_delayed_4;
  b14_data_delayed_6 <= b14_data_delayed_5;
  b14_data_delayed_7 <= b14_data_delayed_6;
  b14_data_delayed_8 <= b14_data_delayed_7;
  b14_data_delayed_9 <= b14_data_delayed_8;
  b14_data_delayed_10 <= b14_data_delayed_9;
  b14_data_delayed_11 <= b14_data_delayed_10;
  b14_data_delayed_12 <= b14_data_delayed_11;
  b14_data_delayed_13 <= b14_data_delayed_12;
  b14_data_delayed_14 <= b14_data_delayed_13;
  b15_data_delayed_2 <= b15_data_delayed_1;
  b15_data_delayed_3 <= b15_data_delayed_2;
  b15_data_delayed_4 <= b15_data_delayed_3;
  b15_data_delayed_5 <= b15_data_delayed_4;
  b15_data_delayed_6 <= b15_data_delayed_5;
  b15_data_delayed_7 <= b15_data_delayed_6;
  b15_data_delayed_8 <= b15_data_delayed_7;
  b15_data_delayed_9 <= b15_data_delayed_8;
  b15_data_delayed_10 <= b15_data_delayed_9;
  b15_data_delayed_11 <= b15_data_delayed_10;
  b15_data_delayed_12 <= b15_data_delayed_11;
  b15_data_delayed_13 <= b15_data_delayed_12;
  b15_data_delayed_14 <= b15_data_delayed_13;
  b15_data_delayed_15 <= b15_data_delayed_14;
 
  end
end
endmodule